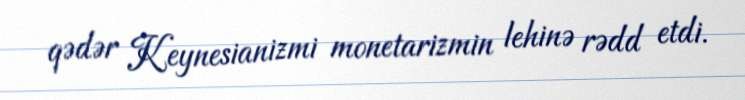
qədər Keynesianizmi monetarizmin lehinə rədd etdi.